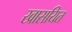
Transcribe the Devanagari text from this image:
खासयित